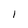
Character: I